Code of medical and sanitary regulations for the guidance of medical officers serving in the Madras Presidency - Volume II
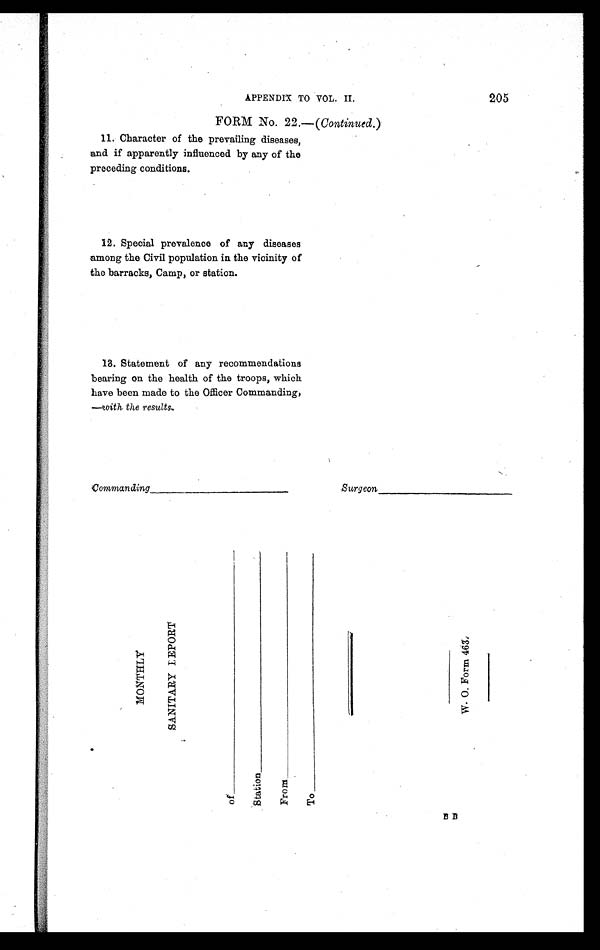
M O N T H L Y
S A N I T A R Y R E P O R T
W . O . F o r m 4 6 3 .
205
APPENDIX TO VOL. II.
FORM No. 22.—( Continued. )
11. Character of the prevailing diseases,
and if apparently influenced by any of the
preceding conditions.
12. Special prevalence of any diseases
among the Civil population in the vicinity of
the barracks, Camp, or station.
13. Statement of any recommendations
bearing on the health of the troops, which
have been made to the Off icer Commanding,
—with the results.
Commanding—————
Surgeon
,4-1
of——————— Station————— From————
To———————
B B